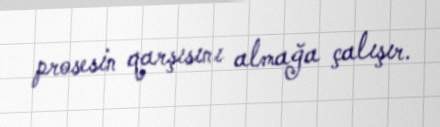
prosesin qarşısını almağa çalışır.